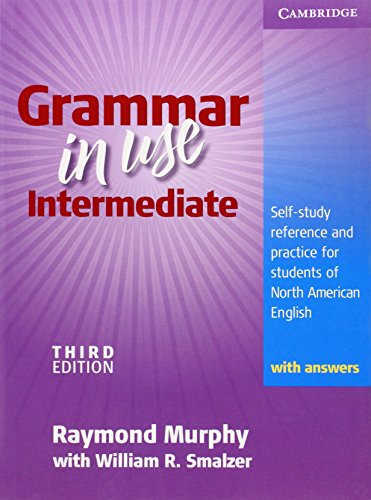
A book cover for Grammar in Use Intermediate: Self-study Reference and Practice for Students of North American English - with Answers; Raymond Murphy; Reference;